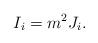
LaTeX: \begin{align*}I_i = m^2 J_i. \end{align*}